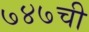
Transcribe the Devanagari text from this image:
७४७ची